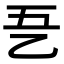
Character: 㐏